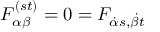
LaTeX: F _ { \alpha \beta } ^ { ( s t ) } = 0 = F _ { { \dot { \alpha } } s , { \dot { \beta } } t }